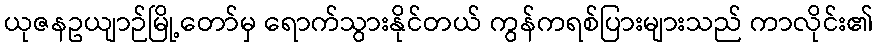
ယုဇနဥယျာဉ်မြို့တော်မှ ရောက်သွားနိုင်တယ် ကွန်ကရစ်ပြားများသည် ကာလိုင်း၏